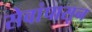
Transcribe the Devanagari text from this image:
सेवांपासून